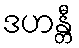
ဒဟန္တီ